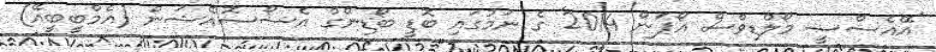
'އޭއެސްސީ މޯލްޑިވްސް އޯޕަން 2014' ގެ ނަމުގައި ބޮޑީ ބޯޑިންގް އެސޯސޮއޭޝަން (އެމްބީބީއޭ)